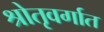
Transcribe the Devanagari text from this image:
श्रोतृवर्गात